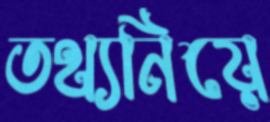
তথ্যনিয়ে